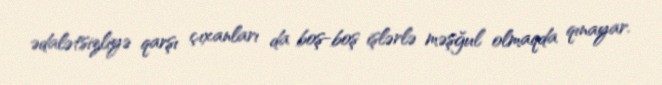
ədalətsizliyə qarşı çıxanları da boş-boş işlərlə məşğul olmaqda qınayar.